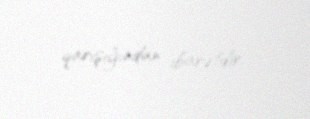
qarışığından ibarətdir.